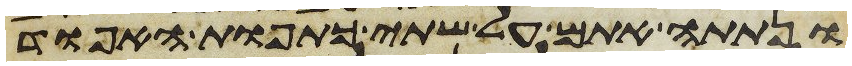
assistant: ונתתה אתם על שתי כתפות האפוד